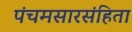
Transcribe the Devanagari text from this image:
पंचमसारसंहिता